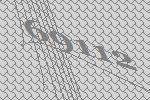
69112